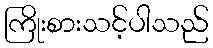
ကြိုးစားသင့်ပါသည်